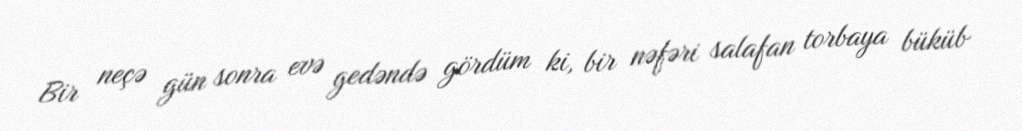
Bir neçə gün sonra evə gedəndə gördüm ki, bir nəfəri salafan torbaya büküb